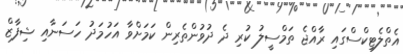
އެތްލެޓިކްސްގައި ރާއްޖެ ތަމްސީލު ކުރި ދެ ދުވުންތެރިން ކަމަށްވާ އަހުމަދު ހަސަނާއި ޝިފާޒް